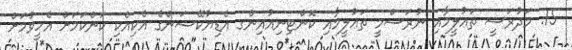
15. މަދުރަސީ ތަޢުލީމާއި ނުރަސްމީ ތަޢުލީމާއި ކޮންޓިނިއުއިންގ އެޑިޔުކޭޝަންގެ އެކިއެކި ކަންކަމަށް އެހީވުމަށް